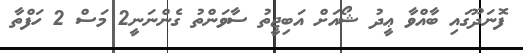
ފޮނަދޫގައި ބާއްވާ ޢީދު ޝޯއަށް އަބިޖީތު ސާވަންތު ގެންނަނީ2 މަސް 2 ހަފްތާ